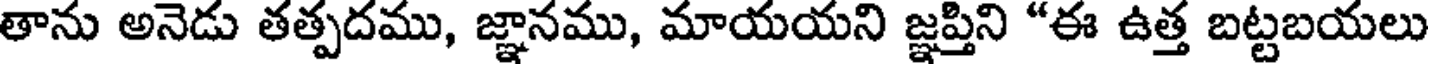
తాను అనెడు తత్పదము, జ్ఞానము, మాయయని జ్ఞప్తిని "ఈ ఉత్త బట్టబయలు